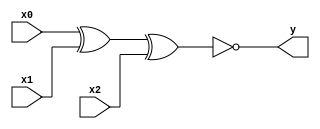
module xnor_i3(y, x0, x1, x2);
	output y;
	input x0, x1, x2;
		
	assign y = ~(x0 ^ x1 ^ x2);
endmodule

module xnor_i2(y, x0, x1);
	output y;
	input x0, x1;
		
	assign y = ~(x0 ^ x1);
endmodule